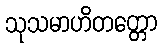
သုသမာဟိတတ္တော